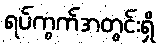
ရပ်ကွက်အတွင်းရှိ